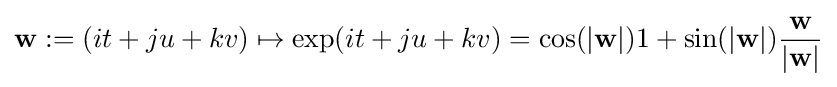
\mathbf {w} :=(it+ju+kv)\mapsto \exp(it+ju+kv)=\cos(|\mathbf {w} |)1+\sin(|\mathbf {w} |){\frac {\mathbf {w} }{|\mathbf {w} |}}